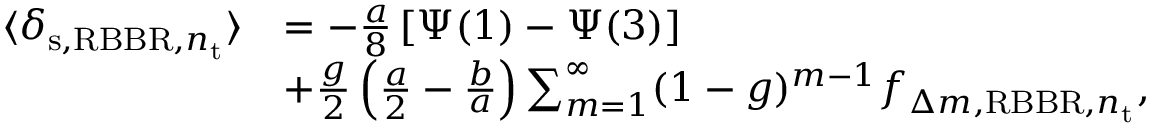
\begin{array} { r l } { \langle \delta _ { \mathrm { s } , \mathrm { R B B R } , n _ { \mathrm { t } } } \rangle } & { = - \frac { a } { 8 } \left[ \Psi ( 1 ) - \Psi ( 3 ) \right] } \\ & { + \frac { g } { 2 } \left( \frac { a } { 2 } - \frac { b } { a } \right) \sum _ { m = 1 } ^ { \infty } ( 1 - g ) ^ { m - 1 } f _ { \Delta m , \mathrm { R B B R } , n _ { \mathrm { t } } } , } \end{array}